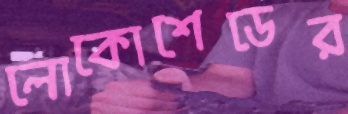
লোকোশেডের